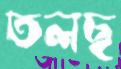
তলছ